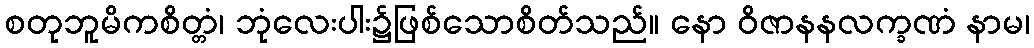
စတုဘူမိကစိတ္တံ၊ ဘုံလေးပါး၌ဖြစ်သောစိတ်သည်။ နော ဝိဇာနနလက္ခဏံ နာမ၊